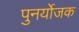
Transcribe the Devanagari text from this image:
पुनर्योजक